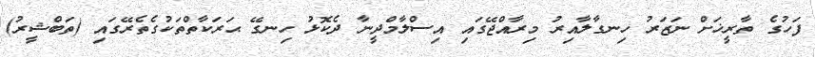
ފަހުގެ ތާރީޚަށް ނަޒަރު ހިނގާލާއިރު މިރާއްޖޭގައި އިސްލާމްދީނާ ދެކޮޅު ހިނގޭ ޙަރަކާތްތަކުގެތެރޭގައި (ތަބްޝީރު)